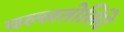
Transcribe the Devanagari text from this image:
वल्लतोलिंटे